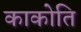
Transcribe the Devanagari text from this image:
काकोति